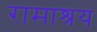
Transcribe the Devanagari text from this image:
रामाश्रय